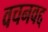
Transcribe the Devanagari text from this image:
वचनवद्द